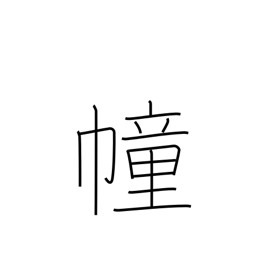
Meaning: flag